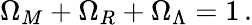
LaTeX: \Omega_{M}+\Omega_{R}+\Omega_{\Lambda}=1\, .